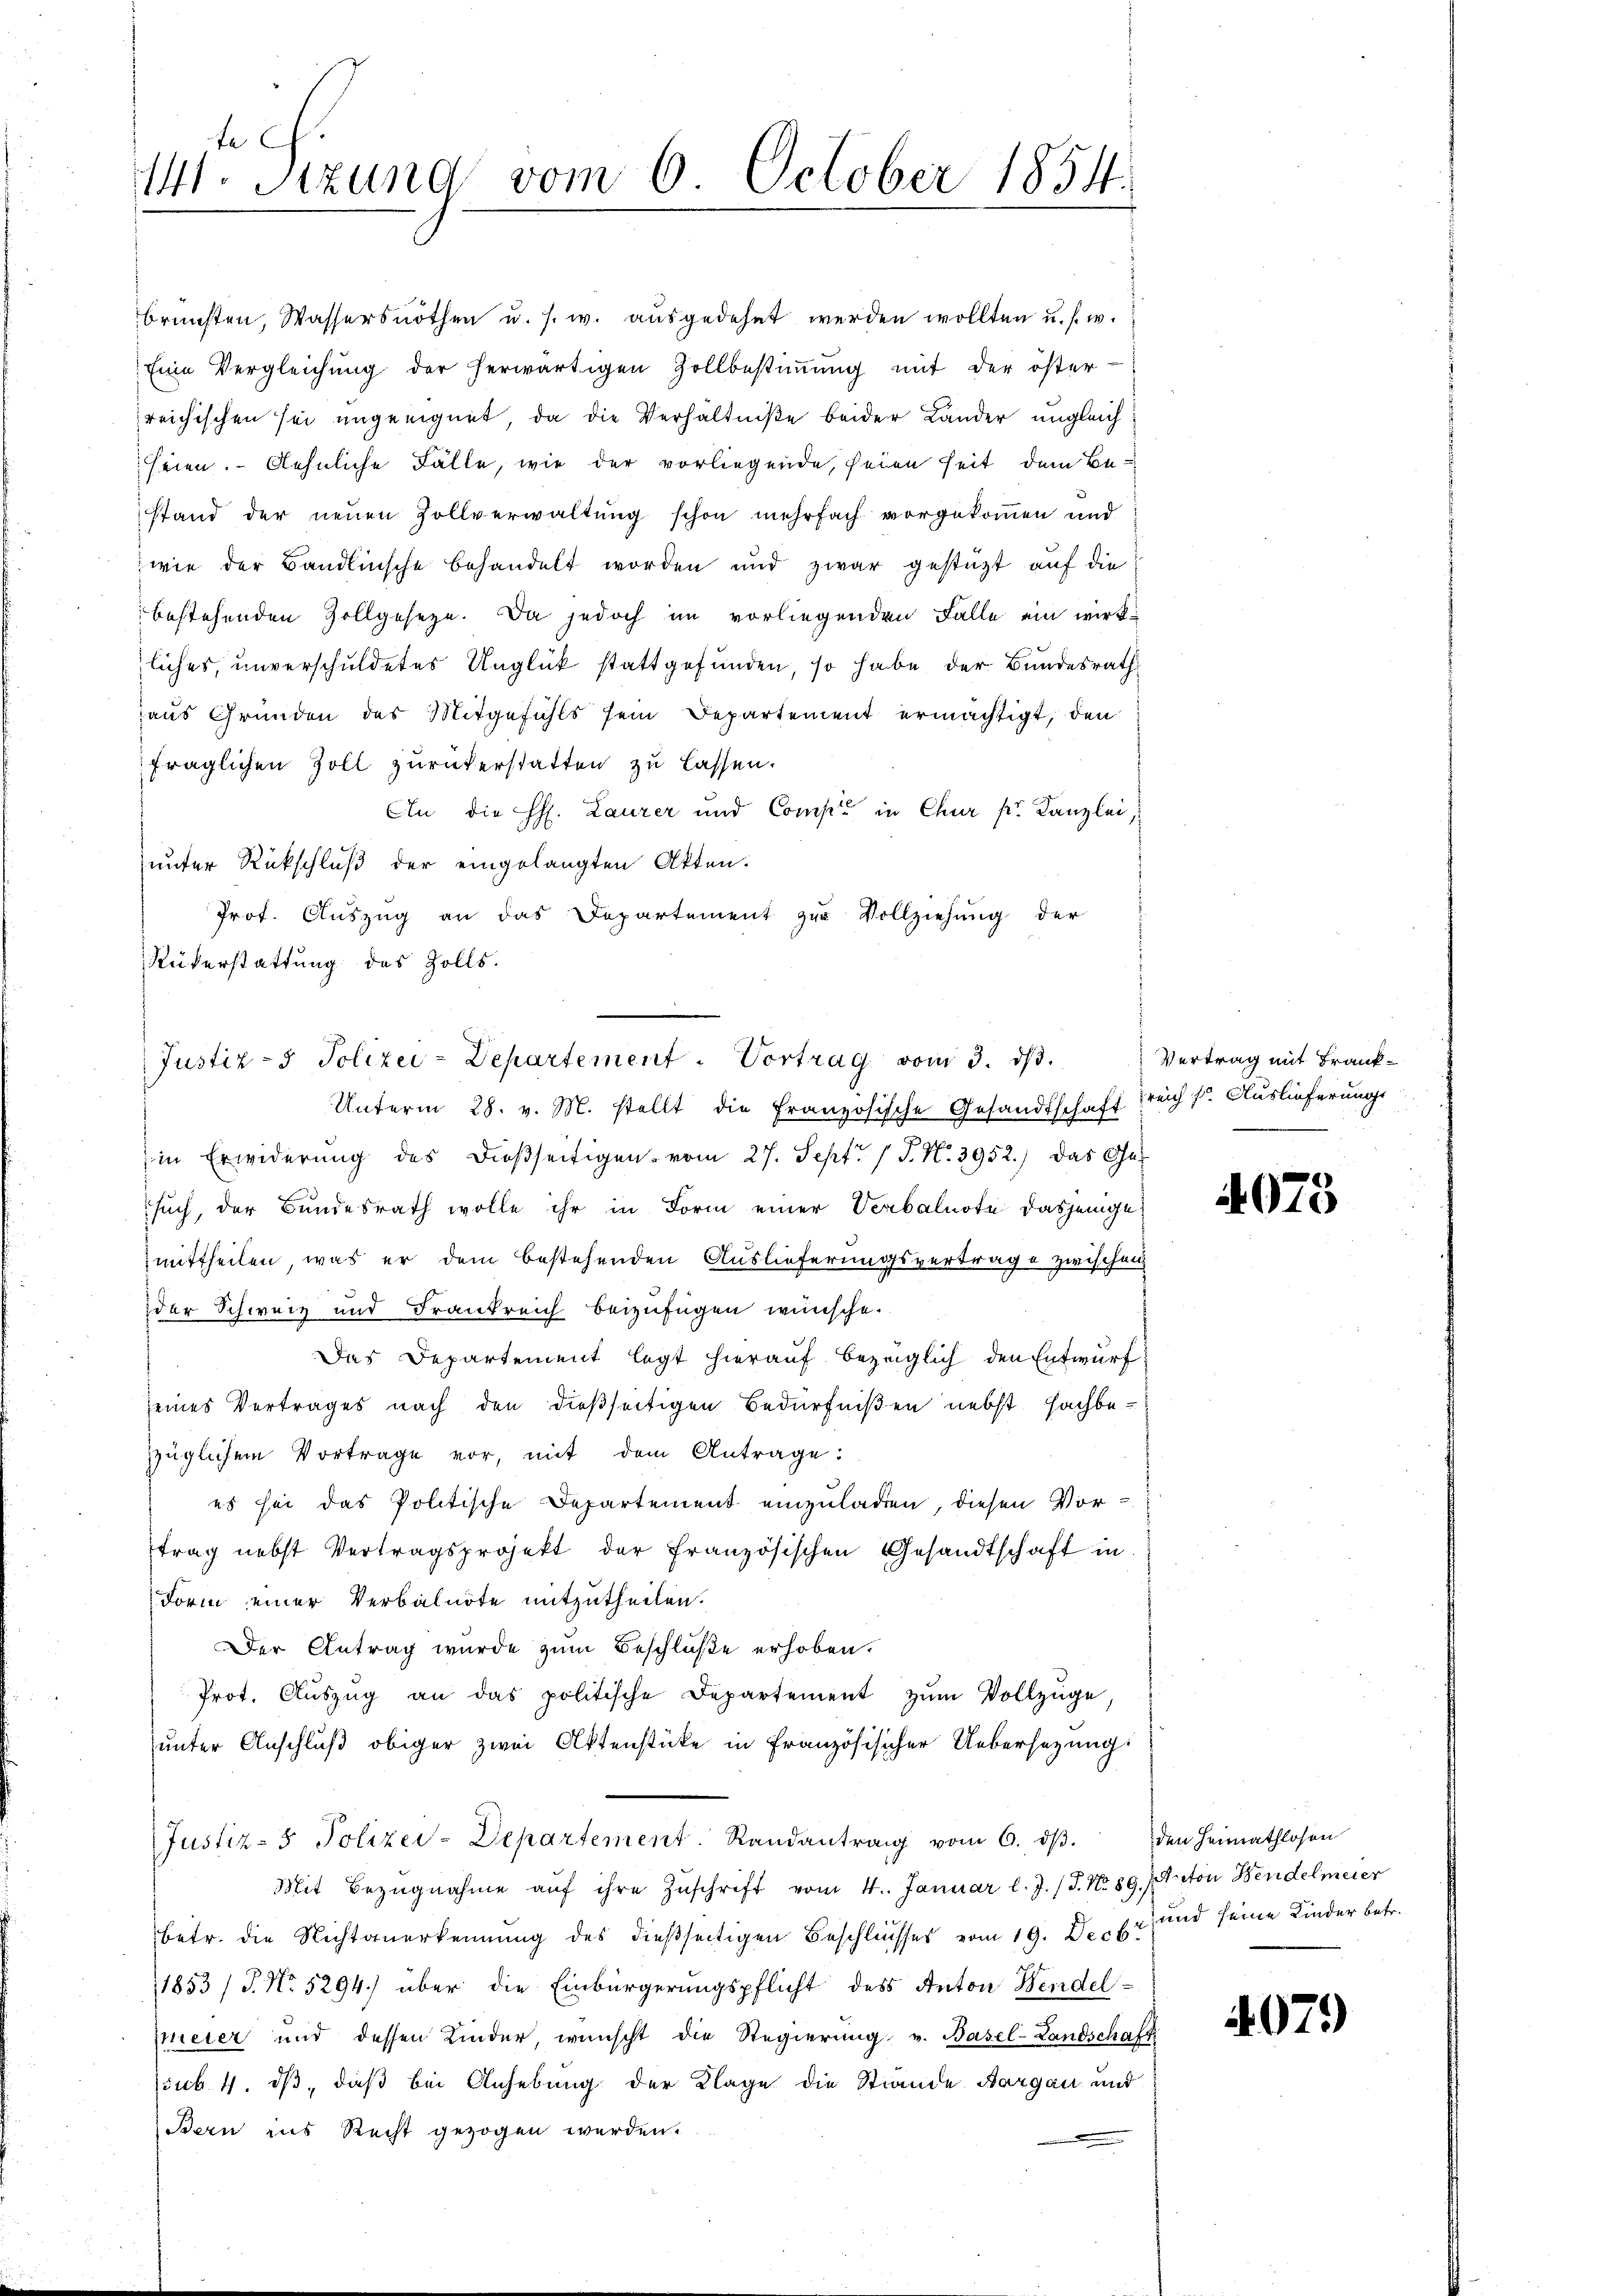
t c.
141. Sizung vom 6. October 1854.

brünsten, Wassers nöthen u. s. w. aŭsgedehnt werden wollten u. s. w.
Eine Vergleichŭng der herwärtigen Zollbestiṁŭng mit der öster-
reichischen sei ungeeignet, da die Verhältniße beider Lander ungleichseien. Aehnliche Fälle, wie der vorliegende, seien seit dem Bestand der neuen Zollverwaltung schon mehrfach vorgekommen und
wie der Bandlinsche behandelt worden und zwar gestüzt auf die
bestehenden Zollgeseze. Da jedoch im vorliegenden Falle ein wirk-
liches, unverschuldetes Unglück stattgefunden, so habe der Bundesrath
aus Gründen des Mitgefühls sein Departement ermächtigt, den
fraglichen Zoll zurückerstatten zu lassen.
An die H. Laurer und Comp. in Chur pr. Kanzlei,
unter Rückschluß der eingelangten Akten.
Prof. Auszug an das Departement zur Vollziehung der
Rükerstattung des Zolls.
Unterm 28. v. M. stellt die Französische Gesandtschaft freich s. Auslieferungs
in Erwiderung des dießseitigen vom 27. Sept. 1 S. N. 3952.) Das Ge-
such, der Bundesrath wolle ihr in Form einer Verbalnote dasjenige
mittheilen, was er dem bestehenden Auslieferungsvertrage zwischen
der Schweiz und Frankreich beizufügen wünsche.
Das Departement legt hierauf bezüglich den Entwurf
seines Vertrages nach den dießseitigen Bedürfnißen nebst Fachbe-
züglichen Vortrage vor, mit dem Antrage:
es sei das Politische Departement einzuladen, diesen Vor-
trag nebst Vertragsprojekt der französischen Gesandtschaft in
Form einer Verbalnote mitzutheilen.
Der Antrag wurde zum Beschluße erhoben.
Prot. Aŭszŭg an das politische Departement zŭm Vollzüge,
unter Anschluß obiger zwei Aktenstücke in Französischer Uebersezungs
Justiz- & Polizei-Departement. Randantrag vom 6. dβ. den Heimathlosen
Mit Bezŭgnahme aŭf ihre Zŭschrift vom 4. Januar l. J. J. No 89.) Anton Bendelmeier
betr. die Nichtanerkennung des dießseitigen Beschlusses vom 19. Decbr. und seine Kinder betr.
1853 / P. No. 5294) über die Einbürgerungspflicht des Anton Wendelmeier und dessen Kinder, wünscht die Regierung v. Basel-Landschaft
(sub. 4. ds, daß bei Anhebung der Klage die Stande Bargau und
Bern ins Recht gezogen werden.

Justiz- & Polizei-Departement. Vortrag vom 3. ds.

Vertrag mit Frank¬

4075

079